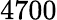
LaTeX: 4700